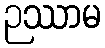
ဉဿာမ